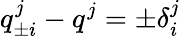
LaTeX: q_{\pm i}^{j}-q^{j}=\pm\delta_{i}^{j}